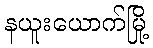
နယူးယောက်မြို့